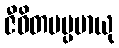
ဇီဝိတမပ္ပမာယု